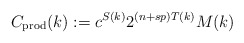
\begin{align*}C_{\textrm{prod}}(k):=c^{S(k)}2^{(n+sp)T(k)}M(k)\end{align*}